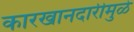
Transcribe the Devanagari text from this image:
कारखानदारीमुळे